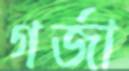
গর্‌জা